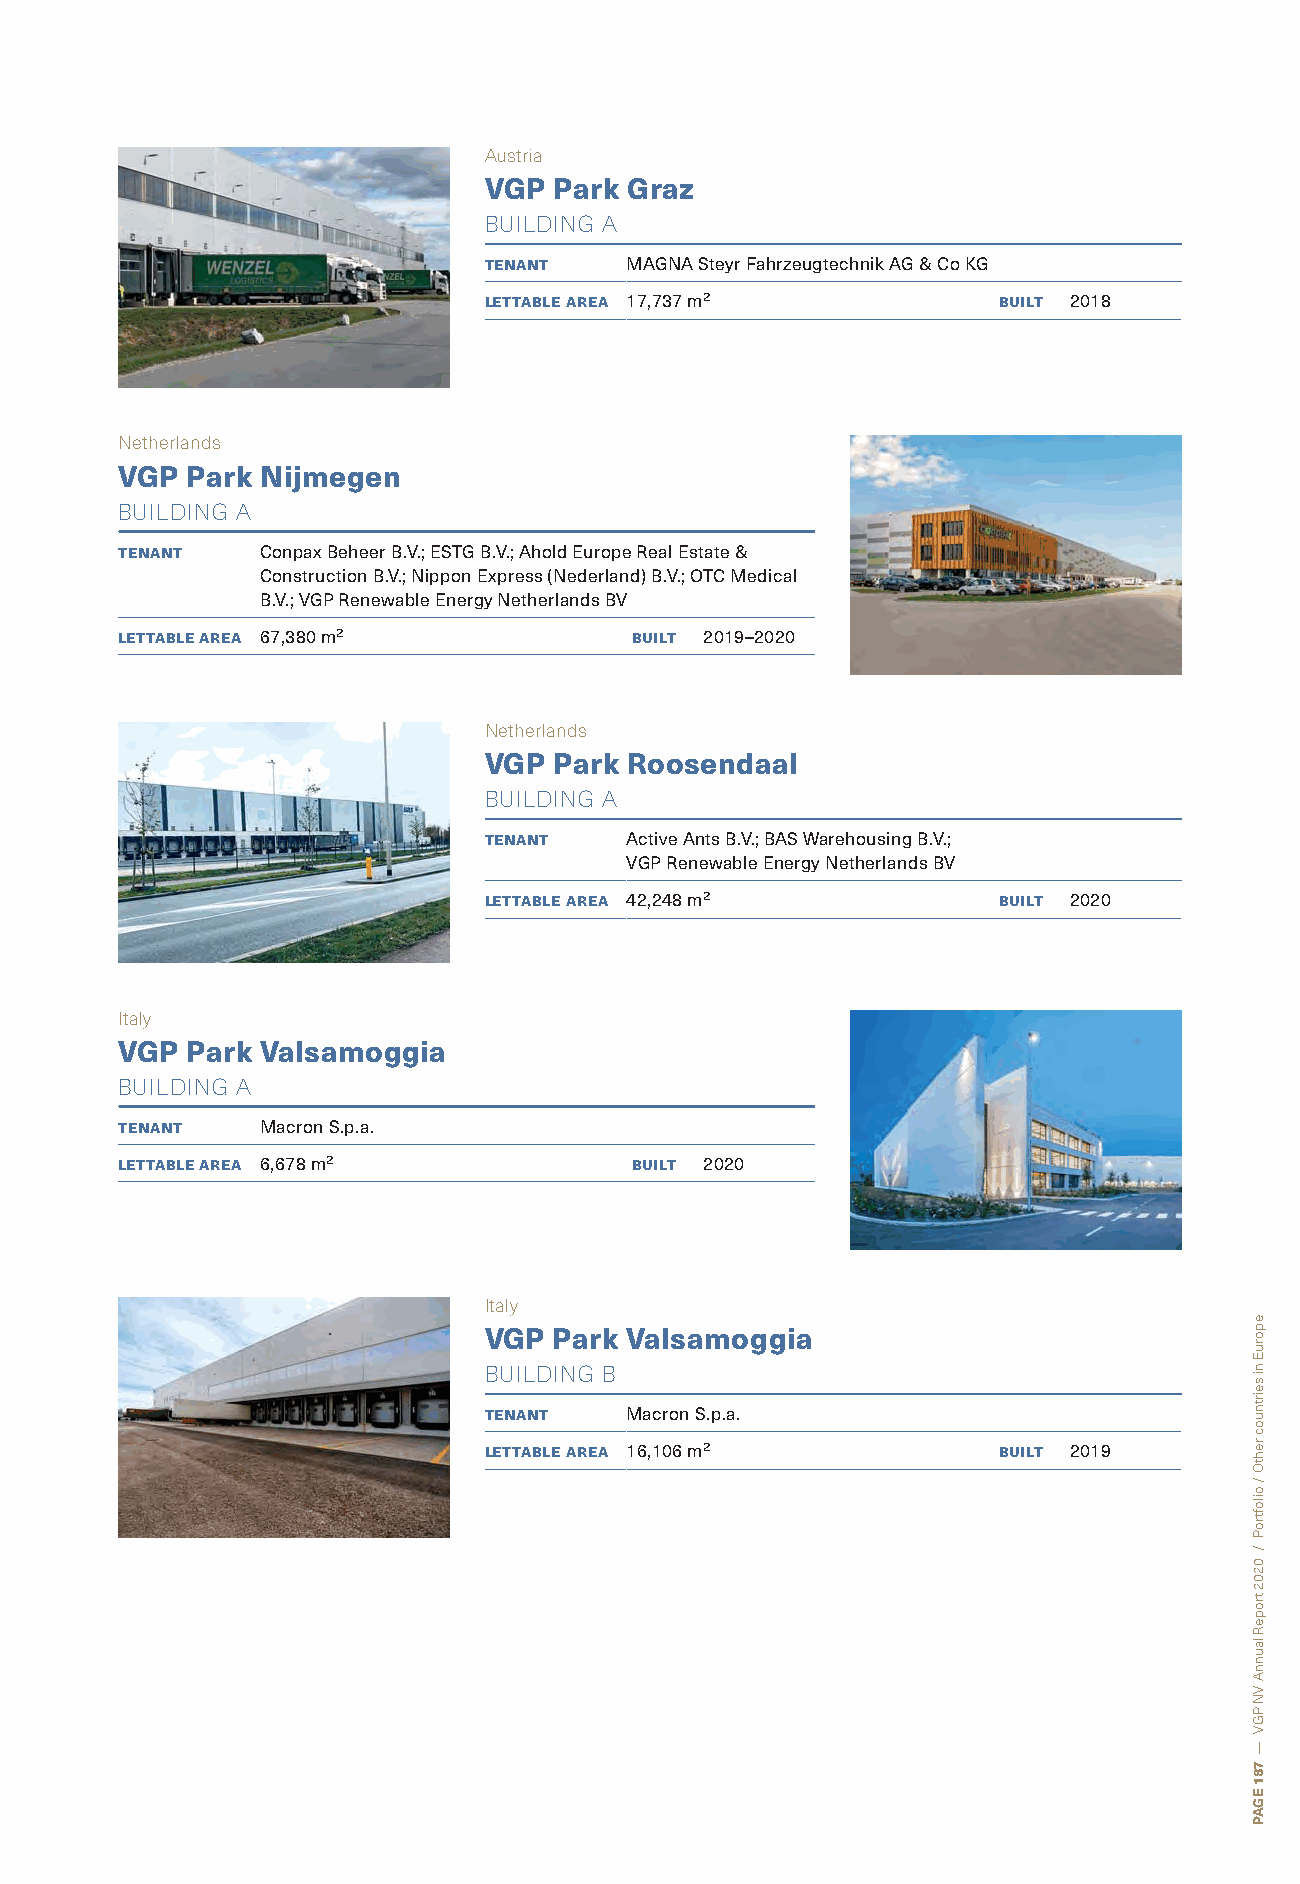
Austria
 VGP  Park Graz
 BUILDING A
 tenant   MAGNA Steyr Fahrzeugtechnik AG & Co KG
 lettable area 17,737 m²           built 2018
 Netherlands
 VGP Park Nijmegen
 BUILDING A
 tenant   Conpax Beheer B.V.; ESTG B.V.; Ahold Europe Real Estate &
 Construction B.V.; Nippon Express (Nederland) B.V.; OTC Medical
 B.V.; VGP Renewable Energy Netherlands BV
 lettable area 67,380 m²           built 2019–2020
 Netherlands
 VGP  Park Roosendaal
 BUILDING A
 tenant   Active Ants B.V.; BAS Warehousing B.V.;
 VGP Renewable Energy Netherlands BV
 lettable area 42,248 m²           built 2020
 Italy
 VGP Park Valsamoggia
 BUILDING A
 tenant   Macron S.p.a.
 lettable area 6,678 m²            built 2020
 Italy
 VGP  Park Valsamoggia
 BUILDING B
 tenant   Macron S.p.a.
 lettable area 16,106 m²           built 2019
 eporuE
 ni
 seirtnuoc
 rehtO
 /
 oiloftroP
 /
 0202
 tropeR
 launnA
 VN
 PGV
 —
 781
 EGAP